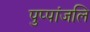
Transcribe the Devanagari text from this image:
पुप्पांजलि